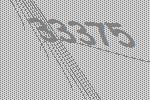
33375